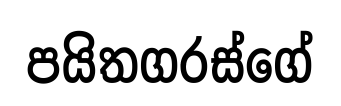
පයිතගරස්ගේ